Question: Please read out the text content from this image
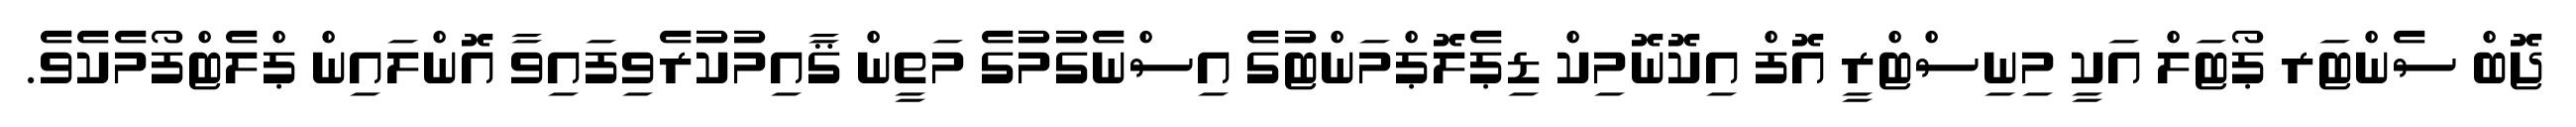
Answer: ޖޮބް ސެންޓަރ ޕޯޓަލް އަކީ މިނިސްޓްރީ އޮފް އިކޮނޮމިކް ޑިޕެލޮޕްމަންޓުގެ އިސްނެގުމުގެ މަތީން ޤާއިމުކުރެވިފައިވާ އޮންލައިން ޕްލެޓްފޯމެކެވެ.